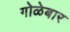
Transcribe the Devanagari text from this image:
गोळेबार